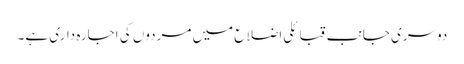
دوسری جانب قبائلی اضلاع میں مردوں کی اجارہ داری ہے۔